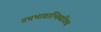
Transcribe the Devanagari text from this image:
तथभावाभिव्यक्ति